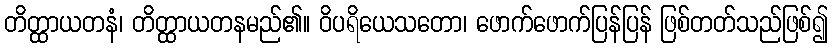
တိတ္ထာယတနံ၊ တိတ္ထာယတနမည်၏။ ဝိပရိယေသတော၊ ဖောက်ဖောက်ပြန်ပြန် ဖြစ်တတ်သည်ဖြစ်၍